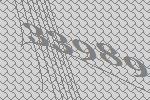
33989